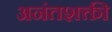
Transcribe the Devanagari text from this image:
अनंतशक्ती